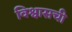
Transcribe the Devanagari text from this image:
विश्वासची